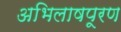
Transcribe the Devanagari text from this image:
अभिलाषपूरण